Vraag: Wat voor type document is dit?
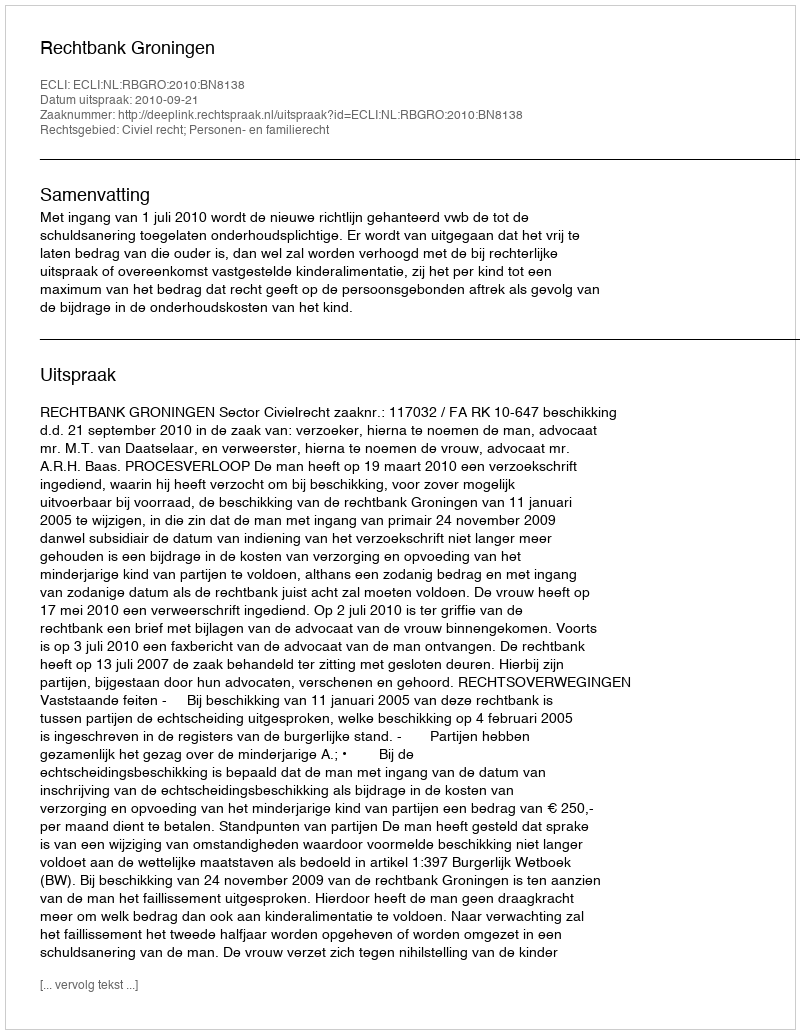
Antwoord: Uitspraak